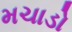
મચાડો